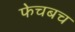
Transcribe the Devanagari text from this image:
फेचबच